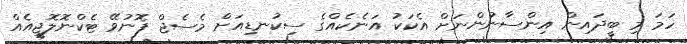
ހަމަ މި ބީދައިން އިންސާނުންނަށް އެކަކު އަނެކެއްގެ ސިކުނޑިއަށް މެސެޖް ފޮނުވޭ ޓެކްނޮލޮޖީއެއް